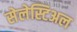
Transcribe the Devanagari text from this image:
सेलेस्टिअल